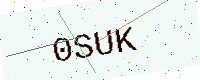
Text: 0SUK